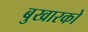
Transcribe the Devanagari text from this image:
बुखारको